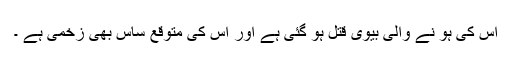
اس کی ہو نے والی بیوی قتل ہو گئی ہے اور اس کی متوقع ساس بھی زخمی ہے ۔